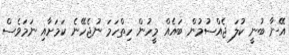
އޭނާ ބުނީ ކުލަ ޖެއްސުމުން ބައެއް މީހުން ހިތްހަމަ ނުޖެހޭނެ ކަމަށާއި ނަމަވެސް